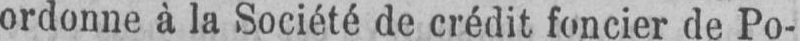
ordonne à la Société de crédit foncier de Po-